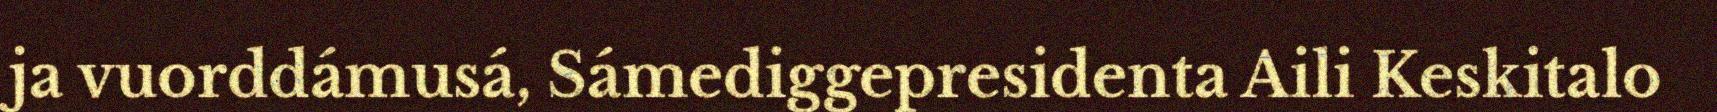
ja vuorddámusá, Sámediggepresidenta Aili Keskitalo